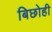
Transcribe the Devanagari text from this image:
बिछोही